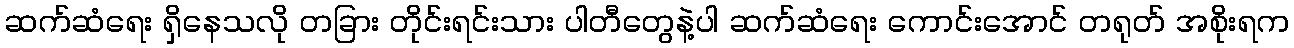
ဆက်ဆံရေး ရှိနေသလို တခြား တိုင်းရင်းသား ပါတီတွေနဲ့ပါ ဆက်ဆံရေး ကောင်းအောင် တရုတ် အစိုးရက